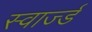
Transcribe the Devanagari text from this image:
स्वार्ज्ड